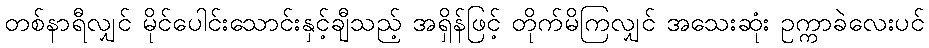
တစ်နာရီလျှင် မိုင်ပေါင်းသောင်းနှင့်ချီသည့် အရှိန်ဖြင့် တိုက်မိကြလျှင် အသေးဆုံး ဥက္ကာခဲလေးပင်